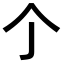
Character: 𠆤